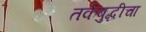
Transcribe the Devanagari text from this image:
तर्कबुद्धीचा